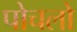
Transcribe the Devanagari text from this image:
पोचलो